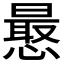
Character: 𭞮